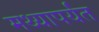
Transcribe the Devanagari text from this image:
मथ्यापर्यंत